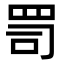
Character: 𦊛